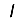
Digit: 1